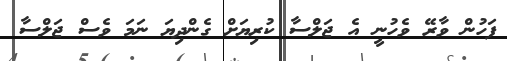
ފަހުން ވާރޭ ވެހުނީ އެ ޖަލްސާ ކުރިޔަށް ގެންދިޔަ ނަމަ ވެސް ޖަލްސާ